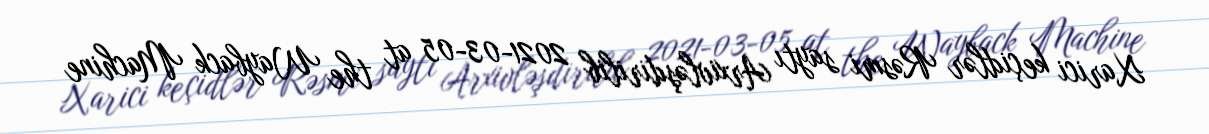
Xarici keçidlər Rəsmi saytı Arxivləşdirilib 2021-03-05 at the Wayback Machine